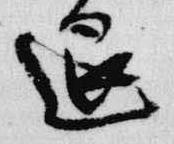
退